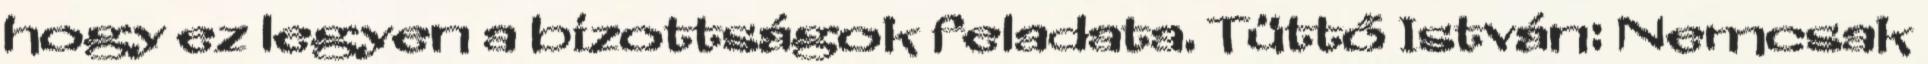
hogy ez legyen a bizottságok feladata. Tüttő István: Nemcsak